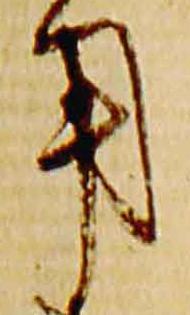
用